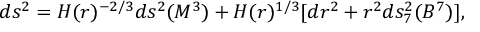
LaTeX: d s ^ { 2 } = H ( r ) ^ { - 2 / 3 } d s ^ { 2 } ( M ^ { 3 } ) + H ( r ) ^ { 1 / 3 } [ d r ^ { 2 } + r ^ { 2 } d s _ { 7 } ^ { 2 } ( B ^ { 7 } ) ] ,